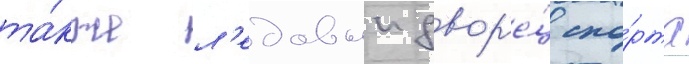
та́кже л'едовыи двор'е́ц спо́рта